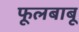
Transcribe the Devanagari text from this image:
फूलबाबू